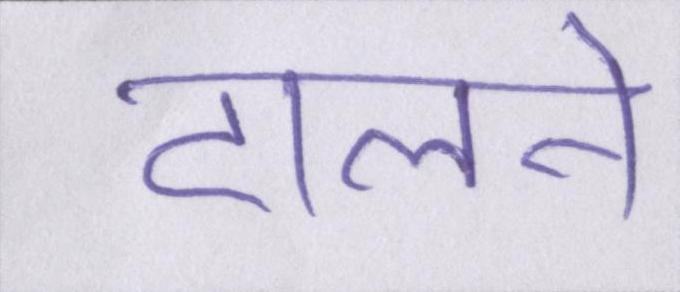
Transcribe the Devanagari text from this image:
टालने